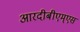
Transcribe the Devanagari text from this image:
आरदीबीएम्एस